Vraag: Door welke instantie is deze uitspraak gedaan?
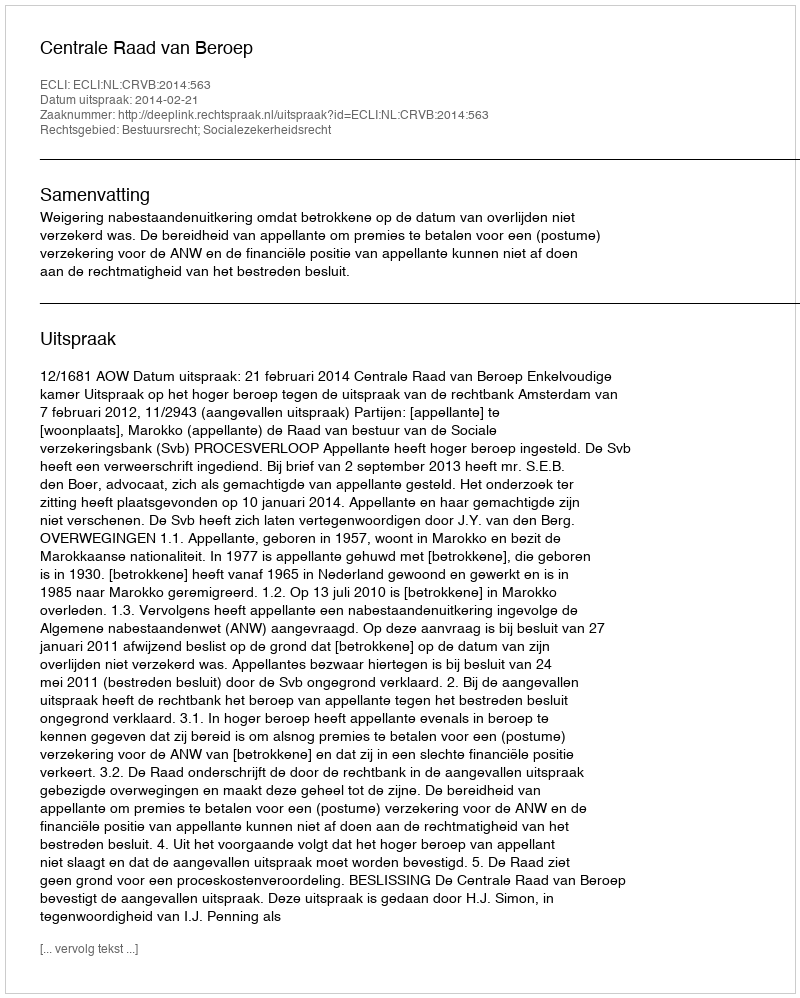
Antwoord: Centrale Raad van Beroep